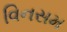
વિનસમ